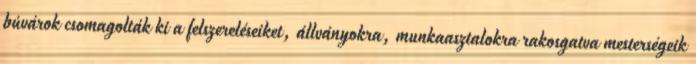
búvárok csomagolták ki a felszereléseiket, állványokra, munkaasztalokra rakosgatva mesterségeik